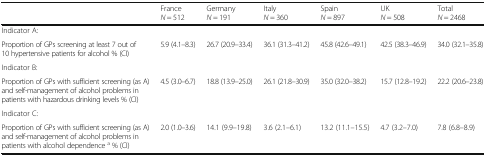
<table><thead><tr><td></td><td><b>France<i>N</i> = 512</b></td><td><b>Germany<i>N</i> = 191</b></td><td><b>Italy<i>N</i> = 360</b></td><td><b>Spain<i>N</i> = 897</b></td><td><b>UK<i>N</i> = 508</b></td><td><b>Total<i>N</i> = 2468</b></td></tr></thead><tbody><tr><td>Indicator A:</td><td></td><td></td><td></td><td></td><td></td><td></td></tr><tr><td>Proportion of GPs screening at least 7 out of 10 hypertensive patients for alcohol % (CI)</td><td>5.9 (4.1–8.3)</td><td>26.7 (20.9–33.4)</td><td>36.1 (31.3–41.2)</td><td>45.8 (42.6–49.1)</td><td>42.5 (38.3–46.9)</td><td>34.0 (32.1–35.8)</td></tr><tr><td>Indicator B:</td><td></td><td></td><td></td><td></td><td></td><td></td></tr><tr><td>Proportion of GPs with sufficient screening (as A) and self-management of alcohol problems in patients with hazardous drinking levels % (CI)</td><td>4.5 (3.0–6.7)</td><td>18.8 (13.9–25.0)</td><td>26.1 (21.8–30.9)</td><td>35.0 (32.0–38.2)</td><td>15.7 (12.8–19.2)</td><td>22.2 (20.6–23.8)</td></tr><tr><td>Indicator C:</td><td></td><td></td><td></td><td></td><td></td><td></td></tr><tr><td>Proportion of GPs with sufficient screening (as A) and self-management of alcohol problems in patients with alcohol dependence <sup>a</sup> % (CI)</td><td>2.0 (1.0–3.6)</td><td>14.1 (9.9–19.8)</td><td>3.6 (2.1–6.1)</td><td>13.2 (11.1–15.5)</td><td>4.7 (3.2–7.0)</td><td>7.8 (6.8–8.9)</td></tr></tbody></table>